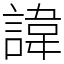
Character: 諱